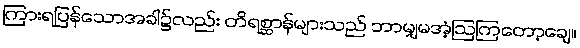
ကြားရပြန်သောအခါ၌လည်း တိရစ္ဆာန်များသည် ဘာမျှမအံ့ဩကြတော့ချေ။